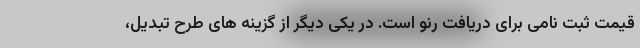
قیمت ثبت نامی برای دریافت رنو است. در یکی دیگر از گزینه های طرح تبدیل،